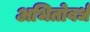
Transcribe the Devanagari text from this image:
अभितोवर्ध